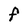
Character: F